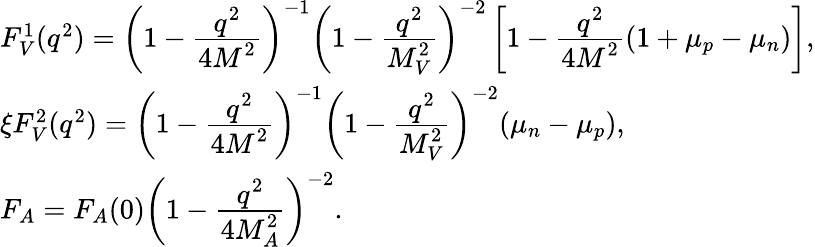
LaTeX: \begin{array}{l}{{F_{V}^{1}(q^{2})=\left(1-\frac{\displaystyle q^{2}}{\displaystyle 4M^{2}}\right)^{-1}\left(1-\frac{\displaystyle q^{2}}{\displaystyle M_{V}^{2}}\right)^{-2}\left[1-\frac{\displaystyle q^{2}}{\displaystyle 4M^{2}}(1+\mu_{p}-\mu_{n})\right],}}\\ {{\xi F_{V}^{2}(q^{2})=\left(1-\frac{\displaystyle q^{2}}{\displaystyle 4M^{2}}\right)^{-1}\left(1-\frac{\displaystyle q^{2}}{\displaystyle M_{V}^{2}}\right)^{-2}(\mu_{n}-\mu_{p}),}}\\ {{F_{A}=F_{A}(0)\left(1-\frac{\displaystyle q^{2}}{\displaystyle 4M_{A}^{2}}\right)^{-2}.}}\end{array}